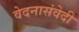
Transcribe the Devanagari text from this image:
वेदनासंवेदी